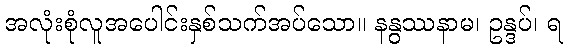
အလုံးစုံလူအပေါင်းနှစ်သက်အပ်သော။ နနွဿနာမ၊ ဥန္ဒပ်၊ ရ